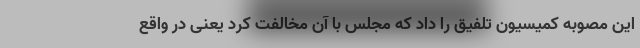
این مصوبه کمیسیون تلفیق را داد که مجلس با آن مخالفت کرد یعنی در واقع